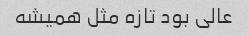
عالی بود تازه مثل همیشه